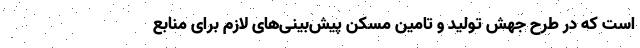
است که در طرح جهش تولید و تامین مسکن پیش‌بینی‌های لازم برای منابع